Medical and sanitary report on the native army of Bombay for the year
Year: 1878
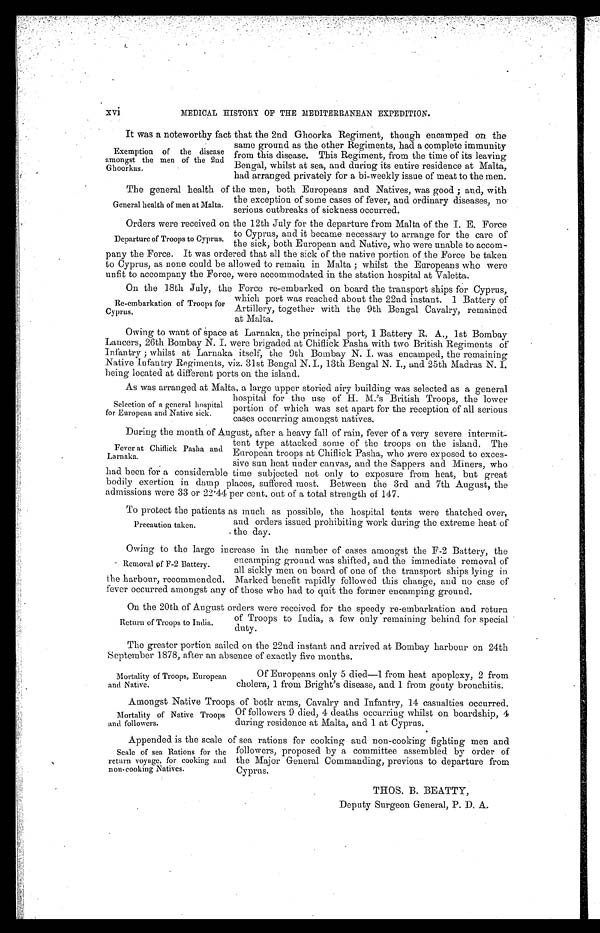
xvi
MEDICAL HISTORY OF THE MEDITERRANEAN EXPEDITION.
It was a noteworthy fact that the 2nd Ghoorka Regiment, though encamped on the
Exemption of the disease
amongst the men of the 2nd
Ghoorkas.
same ground as the other Regiments, nad a complete immunity
from this disease. This Regiment, from the time of its leaving
Bengal, whilst at sea, and during its entire residence at Malta,
had arranged privately for a bi-weekly issue of meat to the men.
The general health of the men, both Europeans and Natives,. was good ; and, with
General health of men at Malta. the exception of some cases of fever, and ordinary diseases, no
serious outbreaks of sickness occurred.
Orders were received on the 12th July for the departure from Malta of the I. E. Force
Departure of Troops to Cyprus. to Cyprus, and it became necessary to arrange for the care of
the si ck, both European and Nati ve, who were unabl e to accompany the Force. It was ordered that al l the si ck of the nati ve porti on of the Force be taken
to Cyprus, as none could be allowed to remain in Malta ; whilst the Europeans who were
unfit to accom-pany the Force, were accommodated in the station hospital at Valetta.
On the 18th July, the Force re-embarked on board the transport ships for Cyprus,
Re-embarkation of Troops for
Cyprus.
which port was reached about the 22nd instant. 1 Battery of
Artillery, together with the 9th Bengal Cavalry, remained at Malta.
Owing to want of space at Larnaka, the principal port, 1 Battery R. A,, 1st Bombay
Lancers, 26th Bombay N. I. were brigaded at Chiflick Pasha with two British Regiments of
Infantry ; whilst at Larnaka itself; the 9th Bombay N. I. was encamped, the remaining
Native Infantry Regiments, viz. 31st Bengal N. I., 13th Bengal N. I., and 25th Madras N. I.
being located at different ports on the island.
As we arranged at Malta, a large upper storied airy building was selected as a general
hospital for use of H. M.' s British Troops, the lower
portion of which was set apart for the reception of all serious
cases occurring amongst natives.
During the month of August. after a heavy fall of rain, fever of a very severe intermit
Fever at Chiflick Pasha and
Larnaka.
tent type attacked some of the troops on the island. The
European troops at Chiflick Pasha, who were exposed to exces
sive sun beat, under canvas. and the Sappers and Miners, who
had been for a considerable time subjected not only to exposure from heat, but great
bodily exertion in damp places, suffered most. Between the 3rd and 7th August, the
admissions were 33 or 22 .44 per cent. out of a total strength of 147.
To protect the patients as much as possible, the hospital tents were thatched over,
Precaution taken.
and orders issued prohibiting work during the extreme heat of
the day.
Owing to the large increase in the number of cases amongst the F-2 Battery, the
Removal of F-2 Battery.
encamping ground was shifted, and the immediate removal of
all sickly men on board of one of the transport ships lying in
the harbour, recommended. Marked benefit rapidly followed this change, and no case of
fever occurred amongst any of those who had to quit the former encamping ground.
On the 20th of August orders were received for the speedy re-embarkation and return
Return of Troops to India.
of Troops to India, a few only remaining behind for special
duty.
The greater portion sailed on the 22nd instant and arrived at Bombay harbour on 24th
September 1878, after an absence of exactly five months.
Mortality of Troops, European
and Native.
Of Europeans only 5 died—1 from heat apoplexy, 2 from
cholera, 1 from Bright's disease, and 1 from gouty bronchitis.
Amongst Native Troops of both arms, Cavalry and Infantry, 14 casualties occurred.
Mortality of Native Troops
and followers.
Of followers 9 died, 4 deaths occurring whilst on boardship, 4
during residence at Malta, and 1 at Cyprus.
Appended is the scale of sea rations for cooking and non-cooking fighting men and
Scale of sea Rations for the
return voyage, for cooking and
non-cooking Natives.
followers, proposed by a committee assembled. by order of
the Major General Commanding, previous to departure from
1 at Cyprus.
THOS. B. BEATTY,
Deputy Surgeon General, P. D. A.